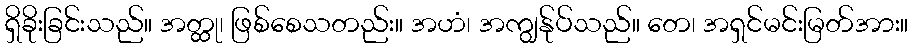
ရှိခိုးခြင်းသည်။ အတ္ထု၊ ဖြစ်စေသတည်း။ အဟံ၊ အကျွန်ုပ်သည်။ တေ၊ အရှင်မင်းမြတ်အား။